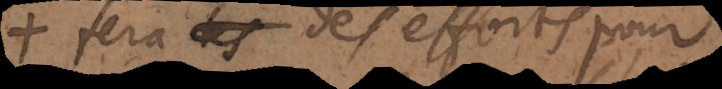
fera des efforts pour